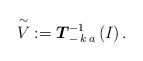
LaTeX: \begin{align*}\overset{\sim}{V} := \boldsymbol{T}_{- \, k \, a}^{-1}\left( I \right).\end{align*}